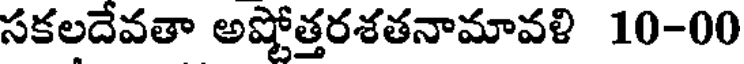
సకలదేవతా అష్టోత్తరశతనామావళి 10-00